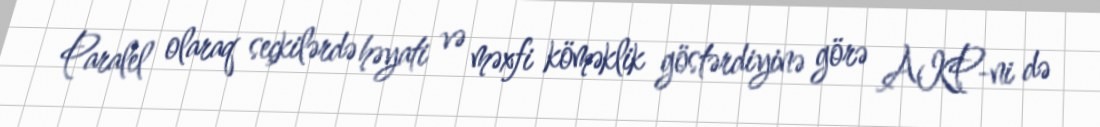
Paralel olaraq seçkilərdə həyati və məxfi köməklik göstərdiyinə görə AKP-ni də